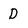
Character: D